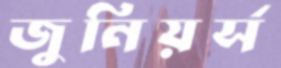
জুনিয়র্স